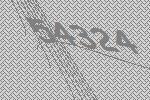
54324